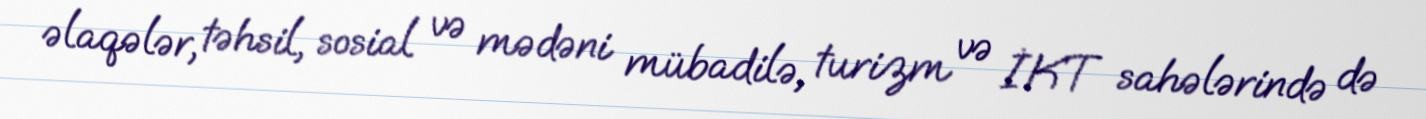
əlaqələr, təhsil, sosial və mədəni mübadilə, turizm və İKT sahələrində də